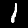
Digit: 1